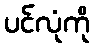
ပင်လုံကို